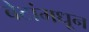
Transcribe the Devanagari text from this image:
बेटांमधून